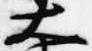
大